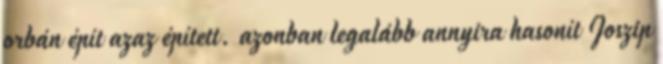
orbán épít azaz épített. azonban legalább annyira hasonít Joszip